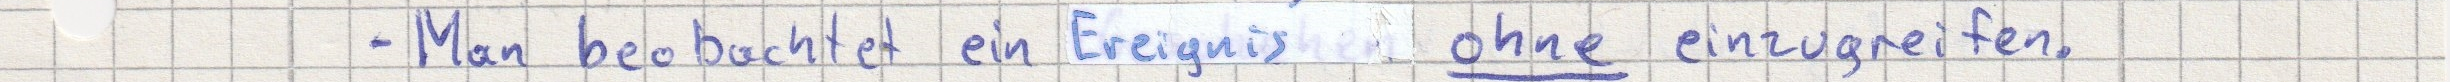
- Man beobachtet ein Ereignis ohne einzugreifen.